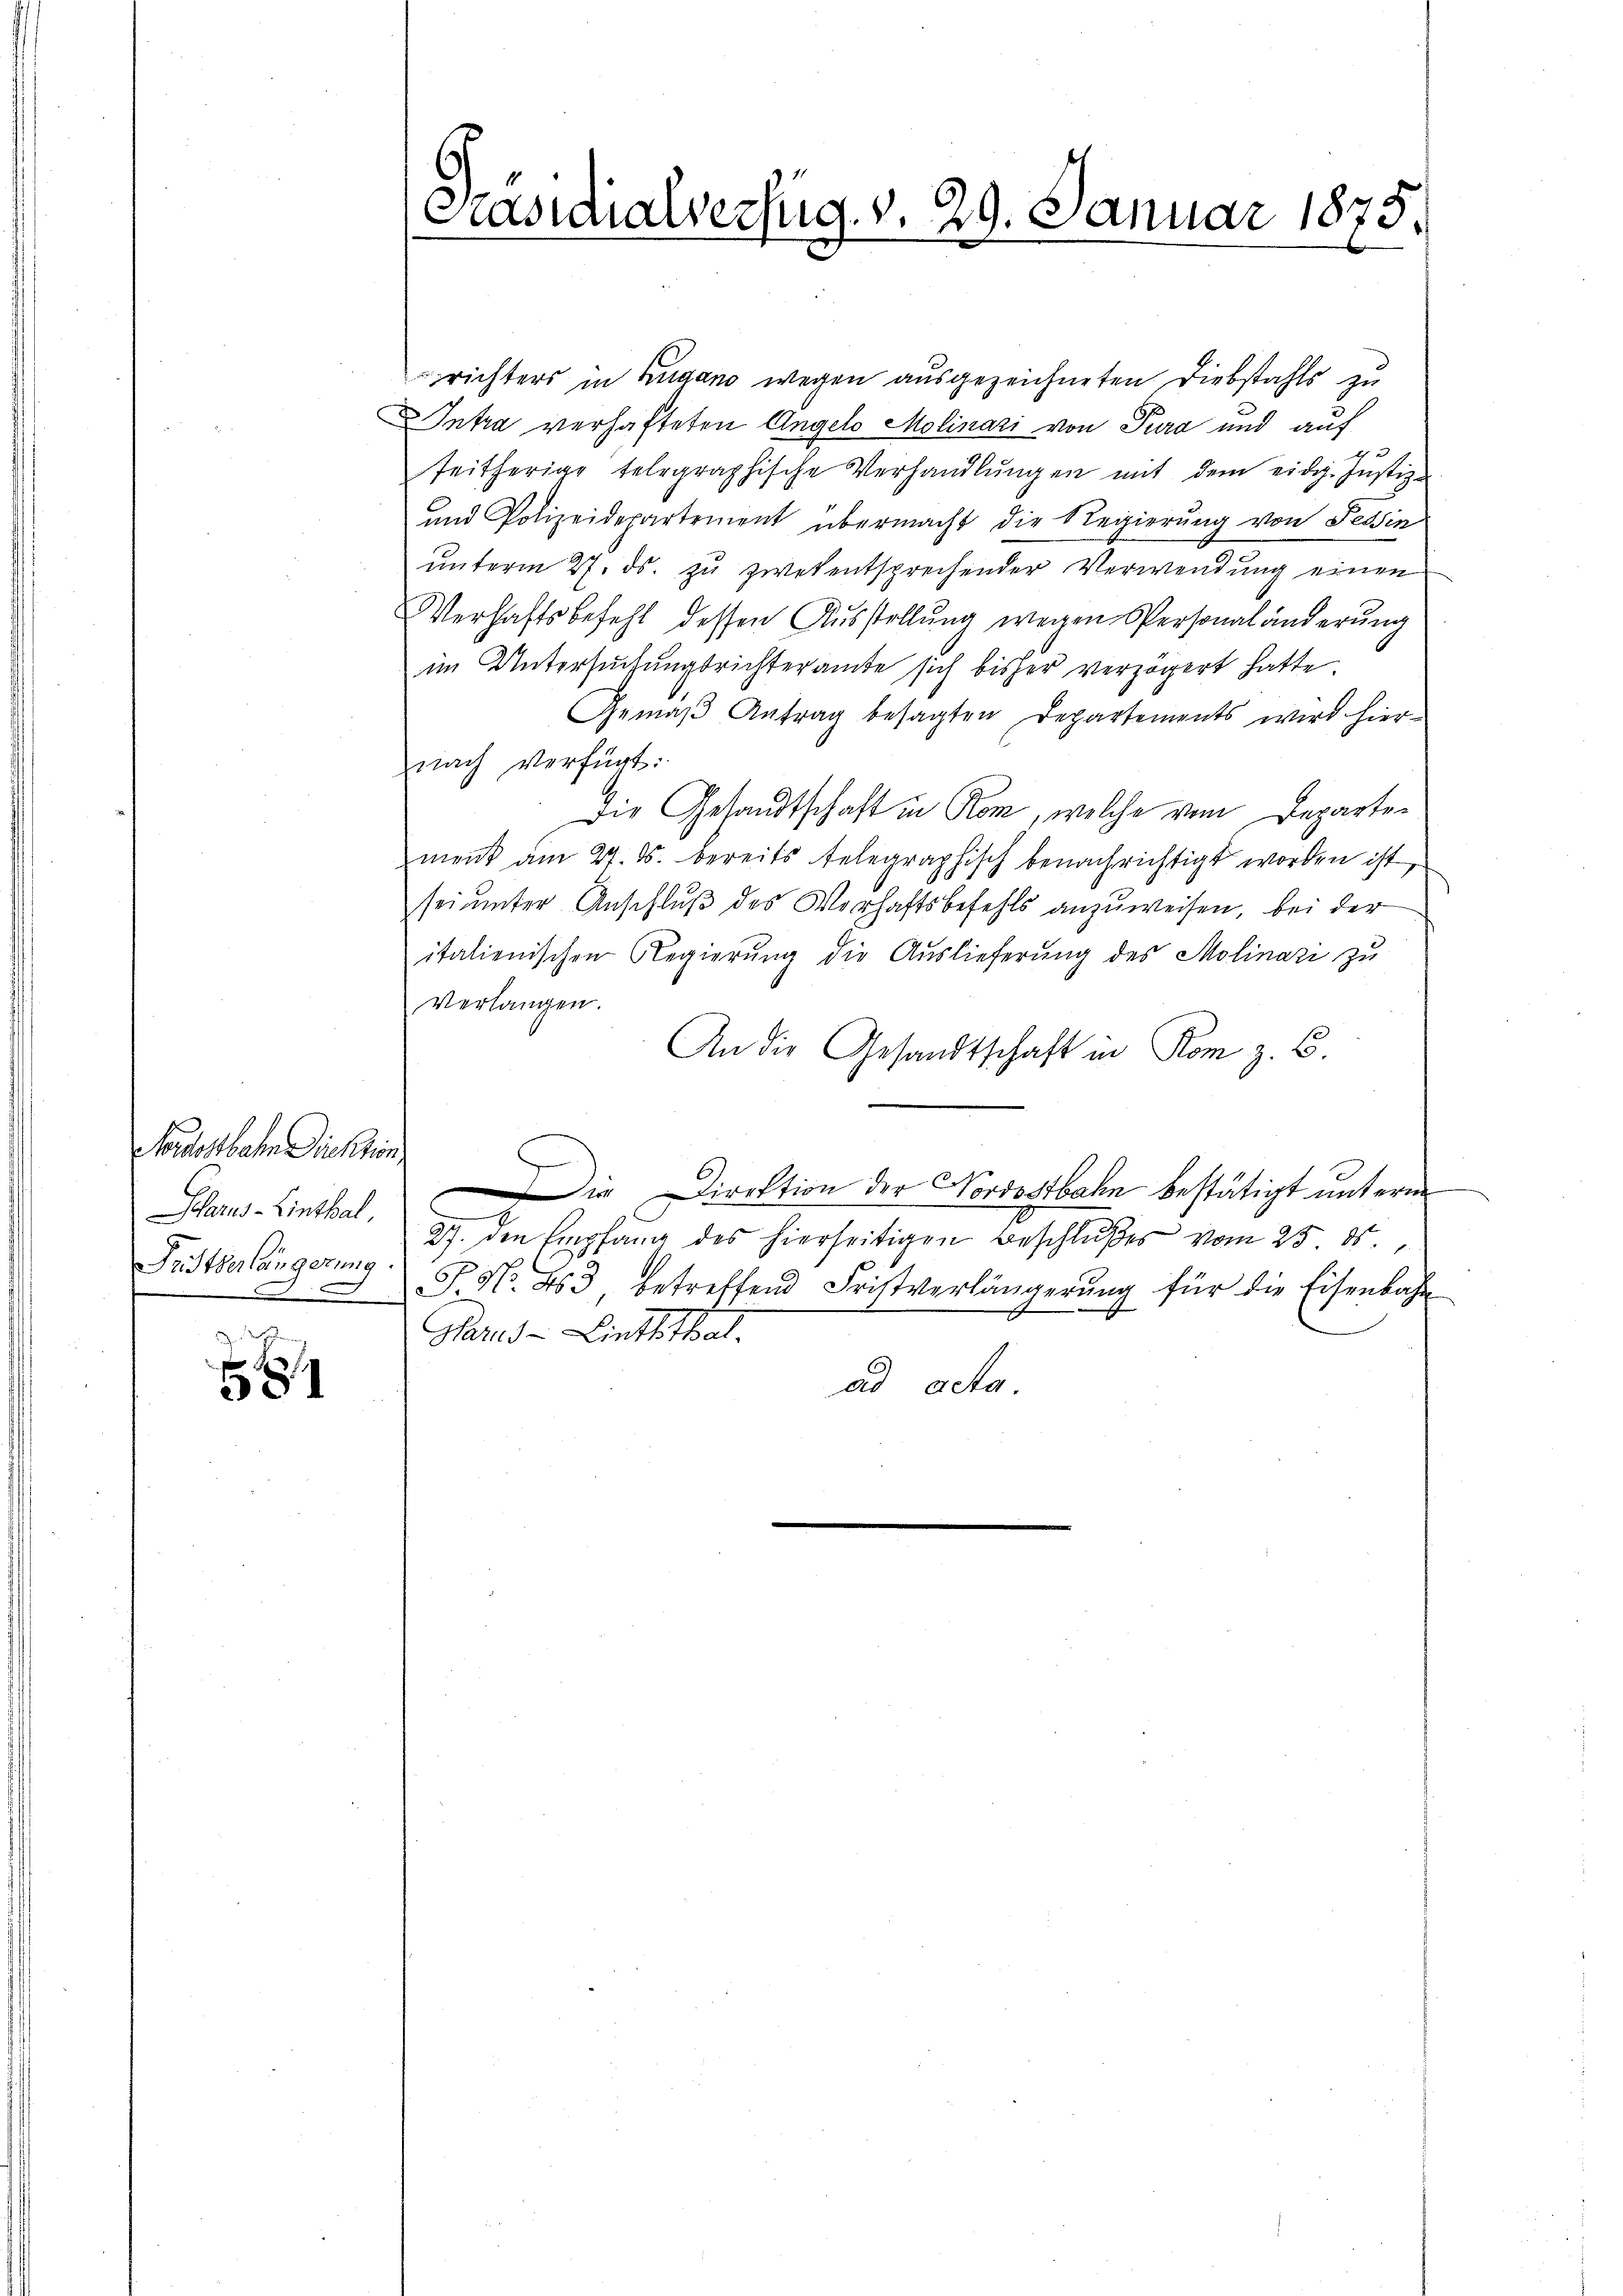
Nordostbahn Direktion
Fristverlängerung.

4

richters in Zugano wegen ausgezeichneten Diebstahls zu
Intra verhafteten Angelo Molinari von Pura und auf
seitherige telegraphische Verhandlŭngen mit dem eidg. Jŭstiz-
und Polizeidepartement übermacht die Regierung von Tessin
unterm 27. ds. zu zwekentsprechender Verwendung einen
Verhaftsbefehl dessen Ausstellung wegen Personaländerung
im Untersuchungsrichteramte sich bisher verzögert hatte.
Gemäβ Antrag besagten Departements wird hier-
nach Verfügt:
Die Gesandtschaft in Rom, welche vom Departement am 27. ds. bereits telegraphisch benachrichtigt worden ist,
sei unter Anschluß des Vorhaftsbefehls anzuweisen, bei der
italienischen Regierung die Auslieferung des Molinari zu
Verlangen.
An die Gesandtschaft in Rom z. B.
Parns-Linthalie Direktion der Nordostbahn bestätigt unterm
27. den Empfang des hierseitigen Beschlußes vom 25. ds.
P. Nr. 453 betreffend Fristverlängerŭng für die Eisenbahn
Harus - Linththal.
ad acta.

Präsidialverfug. v. 29. Januar 1875.